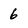
Character: 6